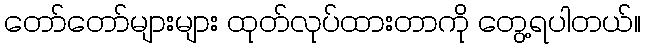
တော်တော်များများ ထုတ်လုပ်ထားတာကို တွေ့ရပါတယ်။